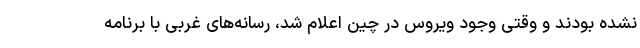
نشده بودند و وقتی وجود ویروس در چین اعلام شد، رسانه‌های غربی با برنامه